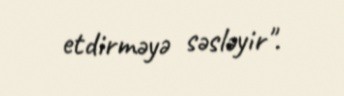
etdirməyə səsləyir".